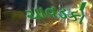
ચાવડકો